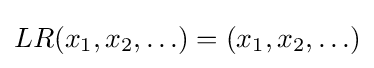
LR(x_{1},x_{2},\ldots )=(x_{1},x_{2},\ldots )